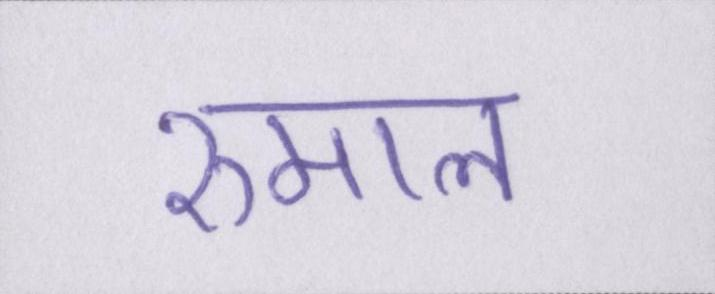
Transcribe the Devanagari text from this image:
रुमाल